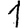
Digit: 1